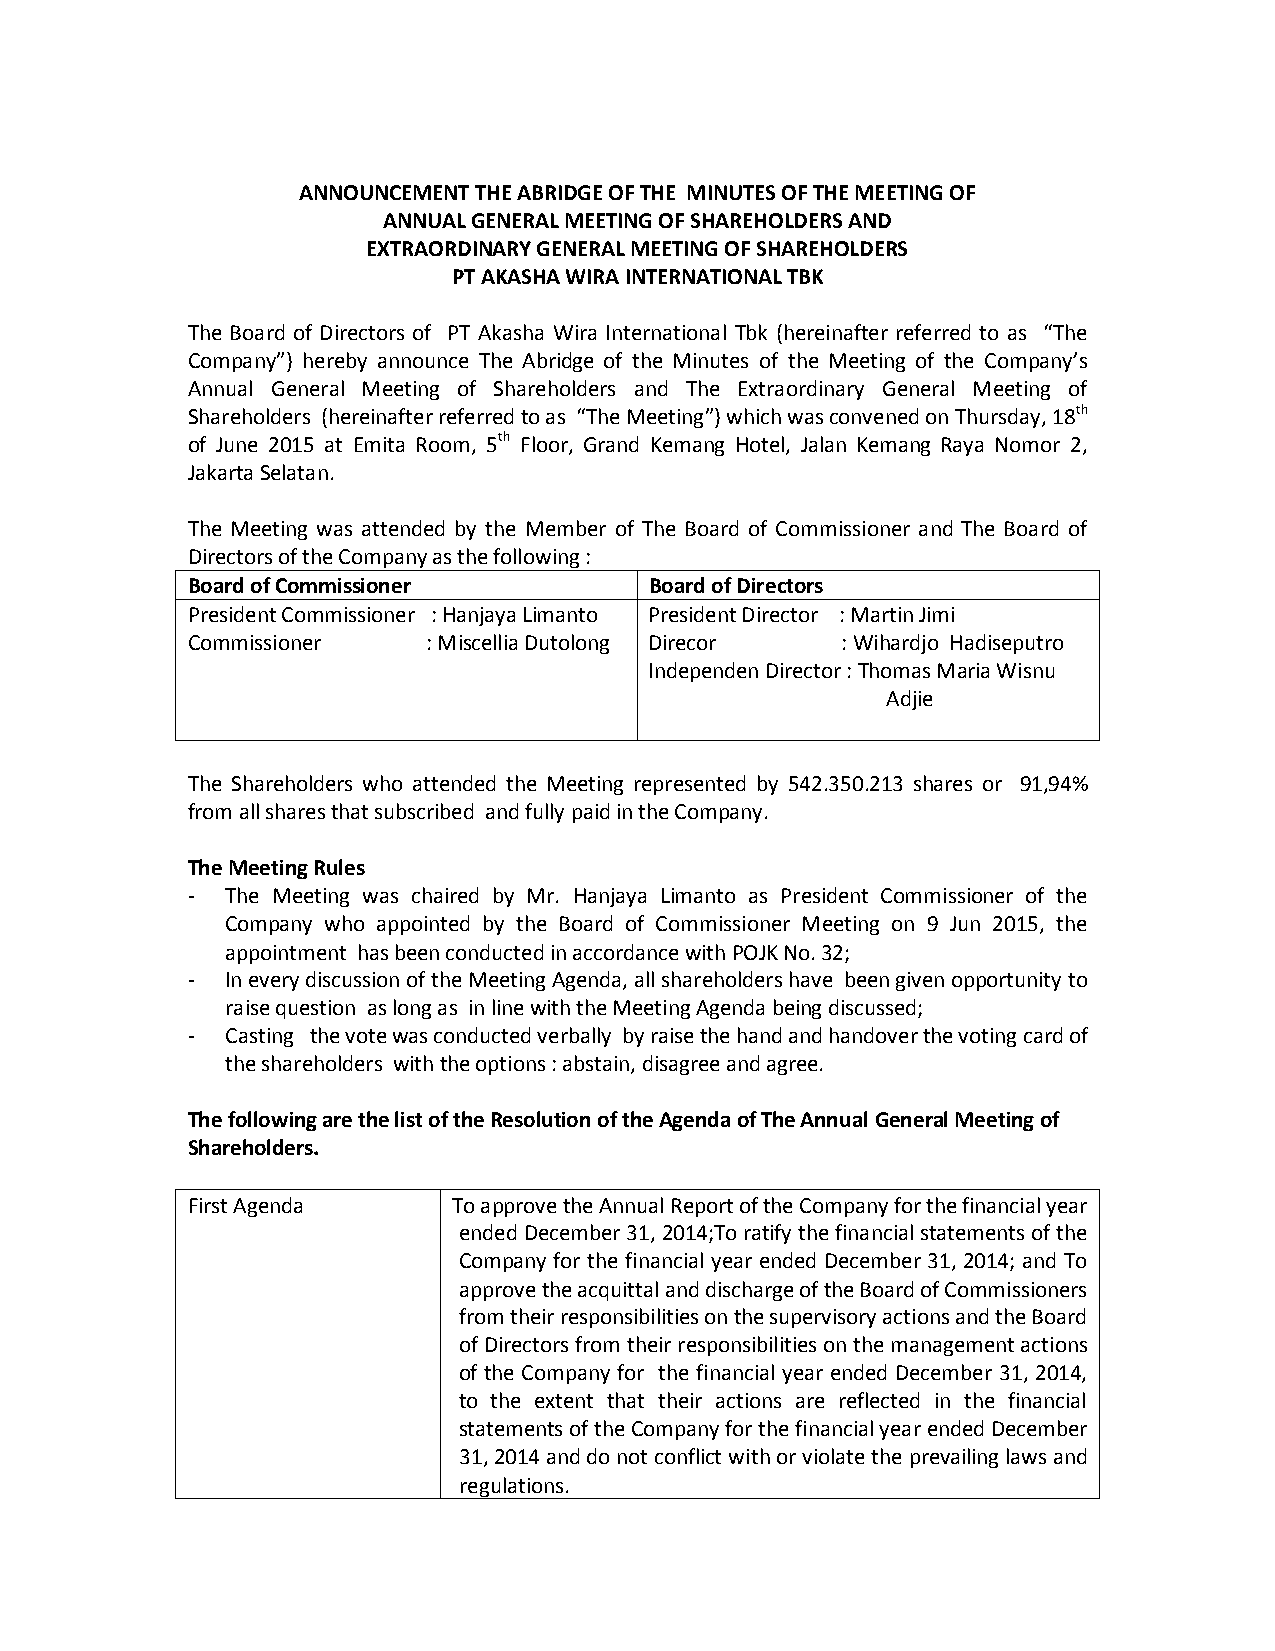
ANNOUNCEMENT THE ABRIDGE OF THE MINUTES OF THE MEETING OF
 ANNUAL GENERAL MEETING OF SHAREHOLDERS AND
 EXTRAORDINARY GENERAL MEETING OF SHAREHOLDERS
 PT AKASHA WIRA INTERNATIONAL TBK
 The Board of Directors of PT Akasha Wira International Tbk (hereinafter referred to as “The
 Company”) hereby announce The Abridge of the Minutes of the Meeting of the Company’s
 Annual General Meeting of Shareholders and The Extraordinary General Meeting of
 Shareholders (hereinafter referred to as “The Meeting”) which was convened on Thursday, 18th
 of June 2015 at Emita Room, 5th Floor, Grand Kemang Hotel, Jalan Kemang Raya Nomor 2,
 Jakarta Selatan.
 The Meeting was attended by the Member of The Board of Commissioner and The Board of
 Directors of the Company as the following :
 Board of Commissioner          Board of Directors
 President Commissioner : Hanjaya Limanto President Director : Martin Jimi
 Commissioner    : Miscellia Dutolong Direcor : Wihardjo Hadiseputro
 Independen Director : Thomas Maria Wisnu
 Adjie
 The Shareholders who attended the Meeting represented by 542.350.213 shares or 91,94%
 from all shares that subscribed and fully paid in the Company.
 The Meeting Rules
 -  The Meeting was chaired by Mr. Hanjaya Limanto as President Commissioner of the
 Company who appointed by the Board of Commissioner Meeting on 9 Jun 2015, the
 appointment has been conducted in accordance with POJK No. 32;
 -  In every discussion of the Meeting Agenda, all shareholders have been given opportunity to
 raise question as long as in line with the Meeting Agenda being discussed;
 -  Casting the vote was conducted verbally by raise the hand and handover the voting card of
 the shareholders with the options : abstain, disagree and agree.
 The following are the list of the Resolution of the Agenda of The Annual General Meeting of
 Shareholders.
 First Agenda      To approve the Annual Report of the Company for the financial year
 ended December 31, 2014;To ratify the financial statements of the
 Company for the financial year ended December 31, 2014; and To
 approve the acquittal and discharge of the Board of Commissioners
 from their responsibilities on the supervisory actions and the Board
 of Directors from their responsibilities on the management actions
 of the Company for the financial year ended December 31, 2014,
 to the extent that their actions are reflected in the financial
 statements of the Company for the financial year ended December
 31, 2014 and do not conflict with or violate the prevailing laws and
 regulations.